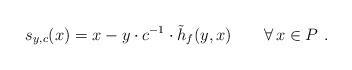
LaTeX: \begin{align*} s_{y,c}(x)=x-y\cdot c^{-1}\cdot \tilde{h}_f(y,x)\qquad\forall \, x\in P\ . \end{align*}